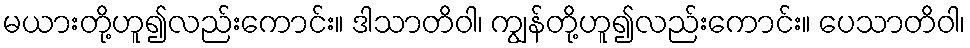
မယားတို့ဟူ၍လည်းကောင်း။ ဒါသာတိဝါ၊ ကျွန်တို့ဟူ၍လည်းကောင်း။ ပေသာတိဝါ၊